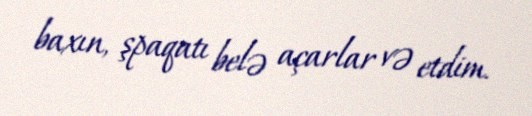
baxın, şpaqatı belə açarlar və etdim.